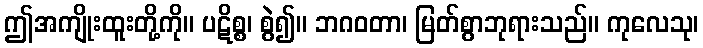
ဤအကျိုးထူးတို့ကို။ ပဋိစ္စ၊ စွဲ၍။ ဘဂဝတာ၊ မြတ်စွာဘုရားသည်။ ကုလေသု၊